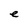
Character: e